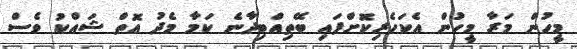
މީހުން މަރާ މީހުން އެކަހެރިކޮށްފައި ބޭތިއްބިދާނެ ކަމާ މެދު އޮތް ޝައްކު ވެސް